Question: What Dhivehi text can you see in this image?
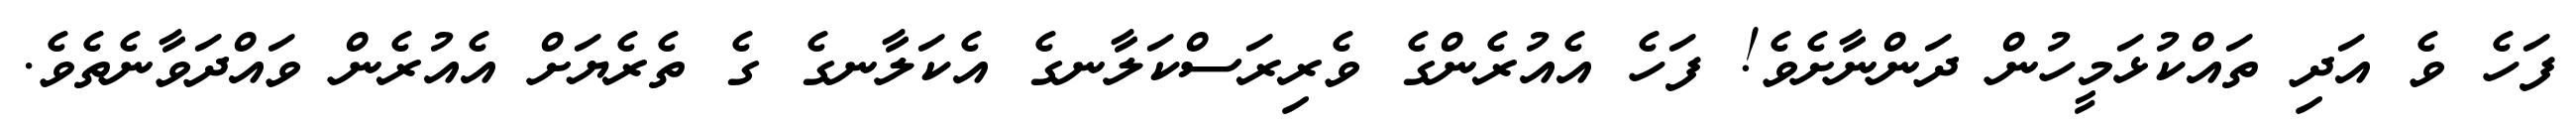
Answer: ފަހެ ވެ އަދި ތައްކުޅަމީހުން ދަންނާށެވެ! ފަހެ އެއުރެންގެ ވެރިރަސްކަލާނގެ އެކަލާނގެ ގެ ތެރެޔަށް އެއުރެން ވައްދަވާނެތެވެ.